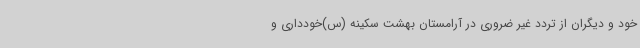
خود و دیگران از تردد غیر ضروری در آرامستان بهشت سکینه (س)خودداری و